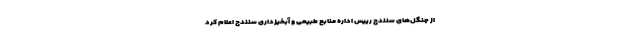
از جنگل‌های سنندج رییس اداره منابع طبیعی و آبخیزداری سنندج اعلام کرد